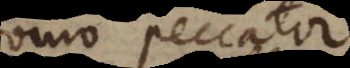
Homo peccator